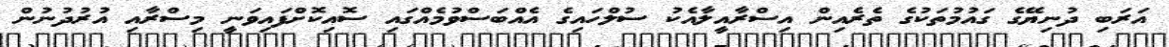
އަރަބި ދުނިޔޭގެ ގައުމުތަކުގެ ތެރެއިން އިސްރާއީލާއެކު ސުލްހައިގެ އެއްބަސްވުމެއްގައި ސޮއިކޮށްފައިވަނީ މިސްރާއި އުރުދުނުން